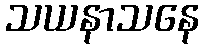
သယနာသနေ